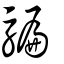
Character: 騙